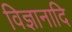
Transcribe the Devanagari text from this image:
विज्ञानादि